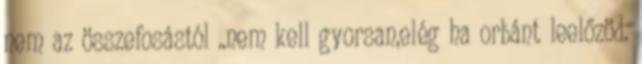
nem az összefosástól ..nem kell gyorsan,elég ha orbánt leelőzöd.